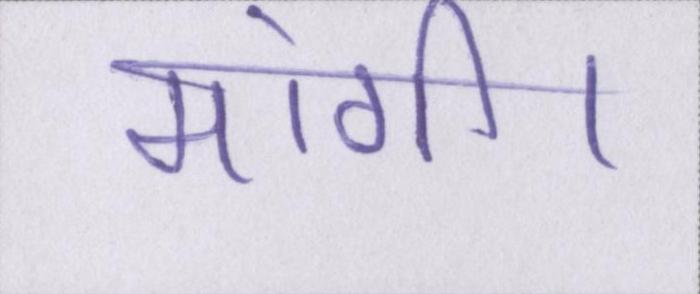
मांगी।